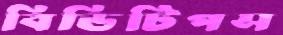
বিডিটিপস